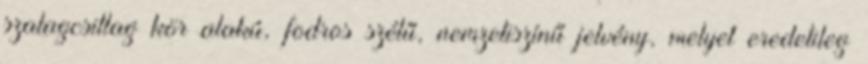
szalagcsillag kör alakú, fodros szélű, nemzetiszínű jelvény, melyet eredetileg